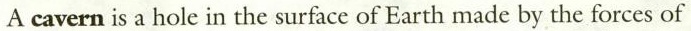
A cavern is a hole in the surface of Earth made by the forces of